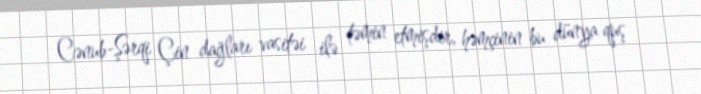
Cənub-Şərqi Çin dağları vasitəi ilə təmin etmişdir, həmçinin bu dünya quş